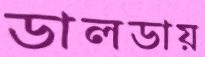
ডালডায়